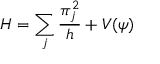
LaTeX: H = \sum _ { j } \frac { \pi _ { j } ^ { 2 } } { h } + V ( \psi )